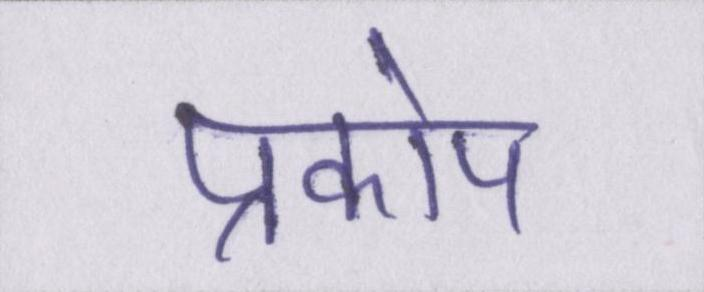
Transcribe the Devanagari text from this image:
प्रकोप